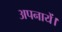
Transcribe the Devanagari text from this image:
अपनायें।